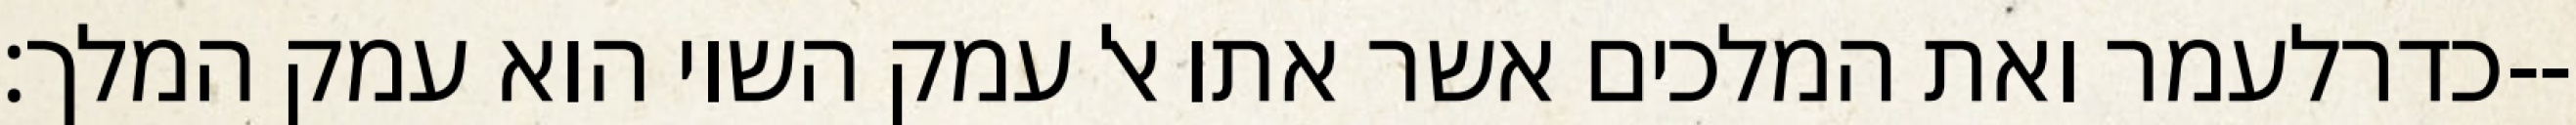
כדרלעמר ואת המלכים אשר אתו אל עמק השוי הוא עמק המלך׃--